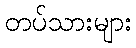
တပ်သားများ